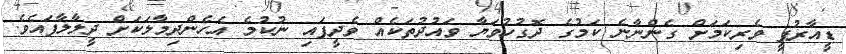
ޑީއާރުޕީ ވެރިކަމަށް ގެންނާނެ ކަމުގެ ދޮގުހުވަޔާ ވައުދުތަކެއް ވެދީފައި ނުކުމެ އެހެންދިމާލަކަށް ދީލާލާފައެވެ.